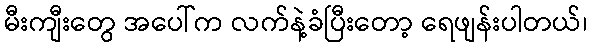
မီးကျီးတွေ အပေါ်က လက်နဲ့ခံပြီးတော့ ရေဖျန်းပါတယ်၊